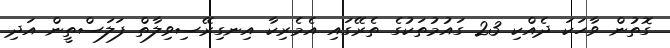
ގޮތުން ވާހަކަ ދެއްކި 23 ގައުމުތަކުގެ ތެރޭގައި އެމެރިކާ އިނގިރޭސިވިލާތް ފަލަސްތީން އަދި